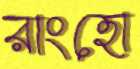
রাংহো